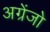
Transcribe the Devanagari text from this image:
अग्रेंजो